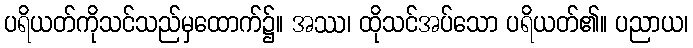
ပရိယတ်ကိုသင်သည်မှထောက်၌။ အဿ၊ ထိုသင်အပ်သော ပရိယတ်၏။ ပညာယ၊